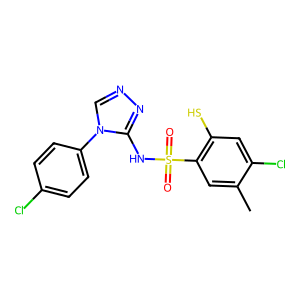
SMILES: Cc1cc(S(=O)(=O)Nc2nncn2-c2ccc(Cl)cc2)c(S)cc1Cl
Inhibits HIV replication: No